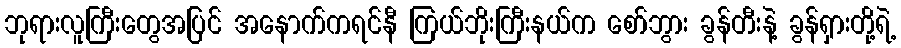
ဘုရားလူကြီးတွေအပြင် အနောက်ကရင်နီ ကြယ်ဘိုးကြီးနယ်က စော်ဘွား ခွန်တီးနဲ့ ခွန်ရှားတို့ရဲ့